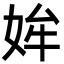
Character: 㛌